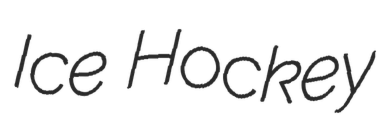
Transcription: Ice Hockey